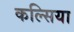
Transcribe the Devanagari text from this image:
कल्सिया